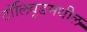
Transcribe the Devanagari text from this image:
टॉलिवूडमधील